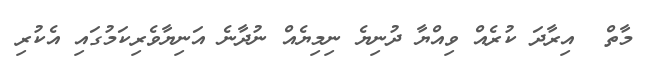
މާތް  އިރާދަ ކުރެއް ވިއްޔާ ދުނިޔެ ނިމިޔެއް ނުދާނެ އަނިޔާވެރިކަމުގައި އެކުރި